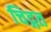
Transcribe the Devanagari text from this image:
चिद्गत